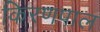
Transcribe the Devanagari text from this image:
किरणपाल